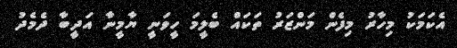
އެކަމަކު މިހާރު މިފެން މަންޒަރު ތަކައް ބެލީމަ ހީވަނީ ޔާމީނާ އަދީބާ ދެމެދު